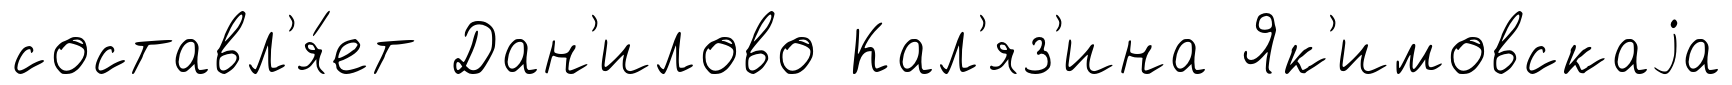
составл'я́ет Дан'илово Кал'яз'ина Як'имовскаjа